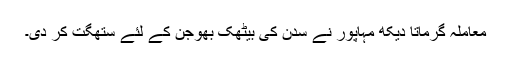
معاملہ گرماتا دیکھ مہاپور نے سدن کی بیٹھک بھوجن کے لئے ستھگت کر دی۔